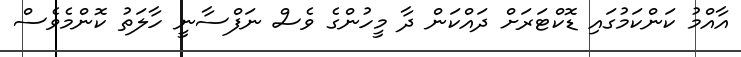
އާއްމު ކަންކަމުގައި ޑޮކްޓަރަށް ދައްކަން ދާ މީހުންގެ ވެސް ނަފްސާނީ ހާލަތު ކޮންމެވެސް